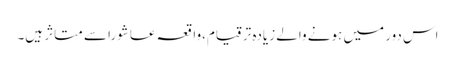
اس دور میں ہونے والے زیادہ ترقیام،واقعہ عاشورا سے متاثر ہیں۔